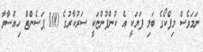
ނަމަވެސް މިފްކޯގެ ބަލި ފަޔަކީ އެ ކުންފުންޏަކީ ސަރުކާރުގެ 100 ޕަސެންޓް ހިއްސާވާ